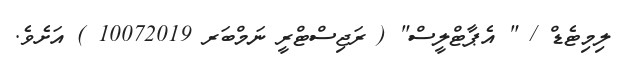
ލިމިޓެޑް / " އެޕާޓްލީސް" ( ރަޖިސްޓްރީ ނަމްބަރ 10072019 ) އަށެވެ.